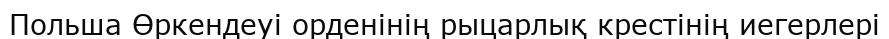
Польша Өркендеуі орденінің рыцарлық крестінің иегерлері